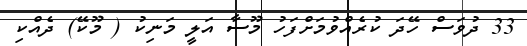
33 ދުވަސް ހޭދަ ކުރެއްވުމަށްފަހު މޫސާ އަލީ މަނިކު ( މޫކޭ) ދެއްކި